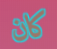
كان